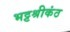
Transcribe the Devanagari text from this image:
भट्टश्रीकंठ